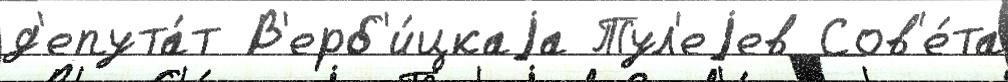
д'епута́т В'ерб'и́цкаjа Тул'еjев Сов'е́та